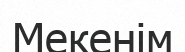
Мекенім